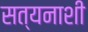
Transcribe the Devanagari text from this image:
सत्यनाशी